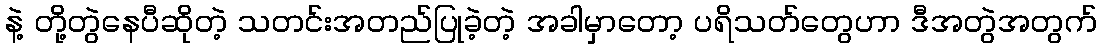
နဲ့ တို့တွဲနေပီဆိုတဲ့ သတင်းအတည်ပြုခဲ့တဲ့ အခါမှာတော့ ပရိသတ်တွေဟာ ဒီအတွဲအတွက်